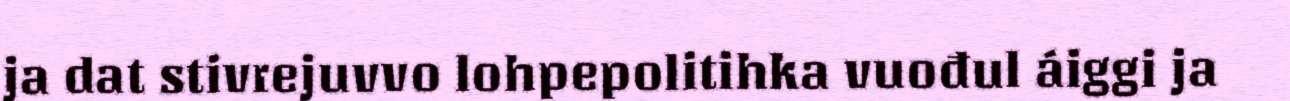
ja dat stivrejuvvo lohpepolitihka vuođul áiggi ja